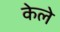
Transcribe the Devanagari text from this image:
केले